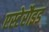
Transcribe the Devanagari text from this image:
एस्टेरौइड